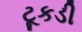
ટૂકડી